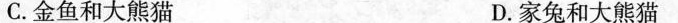
C.金鱼和大熊猫 D.家兔和大熊猫